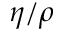
\eta / \rho